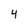
Character: 4